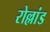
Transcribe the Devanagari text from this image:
रोल्लांड